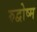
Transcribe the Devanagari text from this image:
रुद्वोष्म